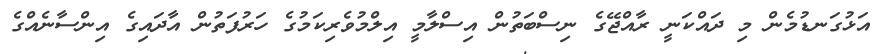
އަޅުގަނޑުމެން މި ދައްކަނީ ރާއްޖޭގެ ނިސްބަތުން އިސްލާމީ އިލްމުވެރިކަމުގެ ހަރުފަތުން އާދައިގެ އިންސާނެއްގެ